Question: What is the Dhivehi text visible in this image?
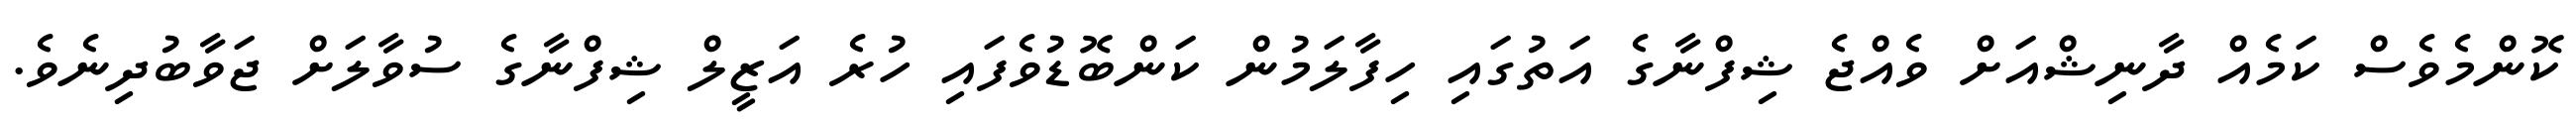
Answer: ކޮންމެވެސް ކަމެއް ދާނިޝްއަށް ވެއްޖެ ޝިފްނާގެ އަތުގައި ހިފާލަމުން ކަންބޮޑުވެފައި ހުރެ އަޒީލް ޝިފްނާގެ ސުވާލަށް ޖަވާބުދިނެވެ.